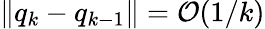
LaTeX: \| q_{k}-q_{k-1}\| =\mathcal{O}(1/k)